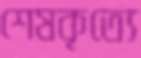
শেষকৃত্যে